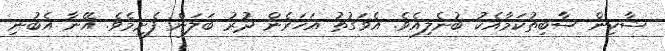
ޝާކިން ސާބިތުކަމާއެކު ބުނެލިއެވެ. އެވަގުތު އަހަރެން ދުރު ބަލަން ފެށީމެވެ. އޭނާ އެބުނި